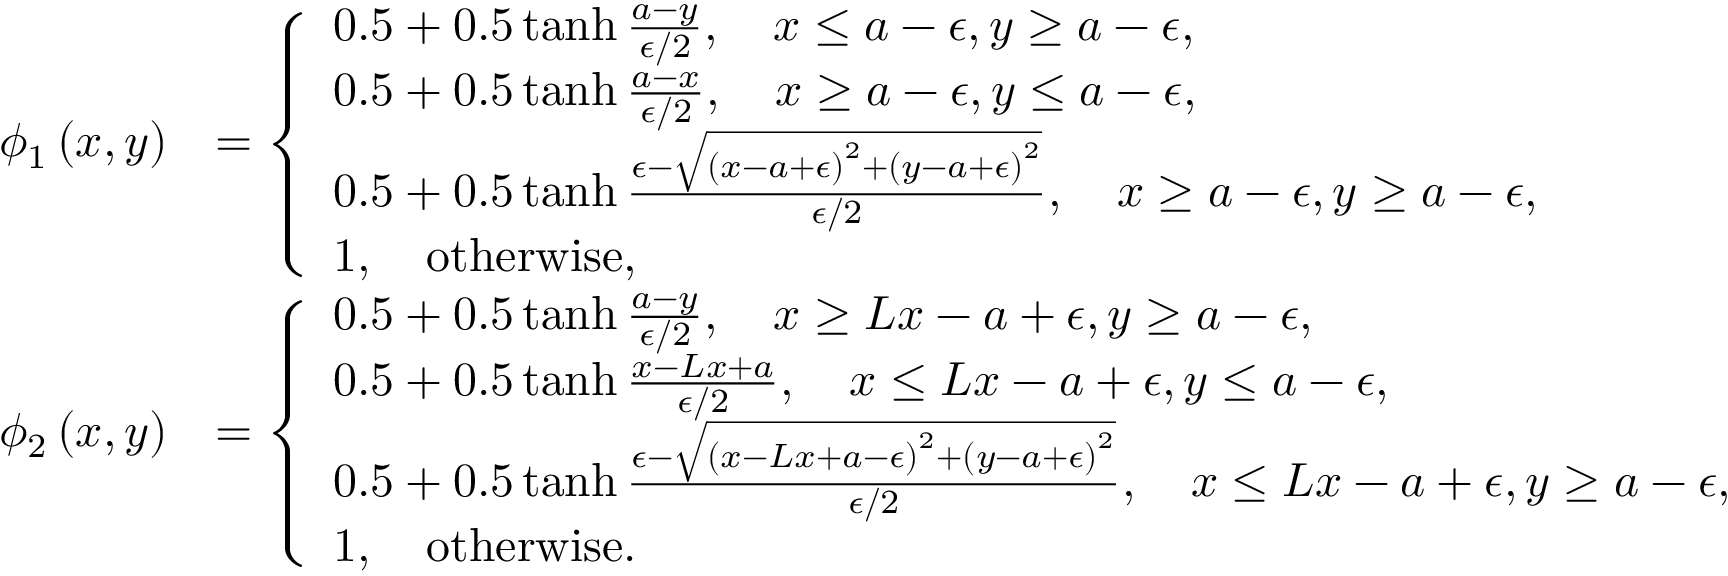
\begin{array} { r l } { \phi _ { 1 } \left( x , y \right) } & { = \left\{ \begin{array} { l l } { 0 . 5 + 0 . 5 \operatorname { t a n h } \frac { a - y } { \epsilon / 2 } , \quad x \leq a - \epsilon , y \geq a - \epsilon , } \\ { 0 . 5 + 0 . 5 \operatorname { t a n h } \frac { a - x } { \epsilon / 2 } , \quad x \geq a - \epsilon , y \leq a - \epsilon , } \\ { 0 . 5 + 0 . 5 \operatorname { t a n h } \frac { \epsilon - \sqrt { \left( x - a + \epsilon \right) ^ { 2 } + \left( y - a + \epsilon \right) ^ { 2 } } } { \epsilon / 2 } , \quad x \geq a - \epsilon , y \geq a - \epsilon , } \\ { 1 , \quad \mathrm { o t h e r w i s e } , } \end{array} \right. } \\ { \phi _ { 2 } \left( x , y \right) } & { = \left\{ \begin{array} { l l } { 0 . 5 + 0 . 5 \operatorname { t a n h } \frac { a - y } { \epsilon / 2 } , \quad x \geq L x - a + \epsilon , y \geq a - \epsilon , } \\ { 0 . 5 + 0 . 5 \operatorname { t a n h } \frac { x - L x + a } { \epsilon / 2 } , \quad x \leq L x - a + \epsilon , y \leq a - \epsilon , } \\ { 0 . 5 + 0 . 5 \operatorname { t a n h } \frac { \epsilon - \sqrt { \left( x - L x + a - \epsilon \right) ^ { 2 } + \left( y - a + \epsilon \right) ^ { 2 } } } { \epsilon / 2 } , \quad x \leq L x - a + \epsilon , y \geq a - \epsilon , } \\ { 1 , \quad \mathrm { o t h e r w i s e } . } \end{array} \right. } \end{array}